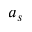
a _ { s }